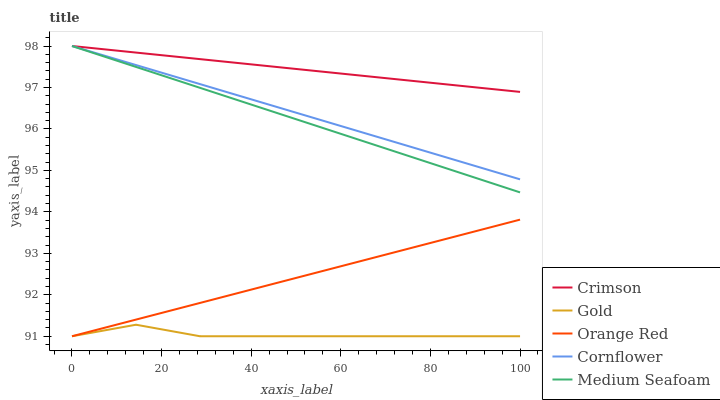
| xaxis_label | Crimson | Gold | Orange Red | Cornflower | Medium Seafoam |
 | --- | --- | --- | --- | --- | --- |
 | 0 | 98 | 91 | 91 | 98 | 98 |
 | 14.3 | 97.8 | 91.3 | 91.4 | 97.5 | 97.5 |
 | 28.6 | 97.7 | 91 | 91.8 | 97.1 | 97 |
 | 42.9 | 97.5 | 91 | 92.2 | 96.6 | 96.5 |
 | 57.1 | 97.4 | 91 | 92.6 | 96.2 | 96 |
 | 71.4 | 97.2 | 91 | 93 | 95.7 | 95.5 |
 | 85.7 | 97.1 | 91 | 93.4 | 95.2 | 95 |
 | 100 | 96.9 | 91 | 93.8 | 94.8 | 94.5 |